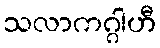
သလာကဂ္ဂါဟီ